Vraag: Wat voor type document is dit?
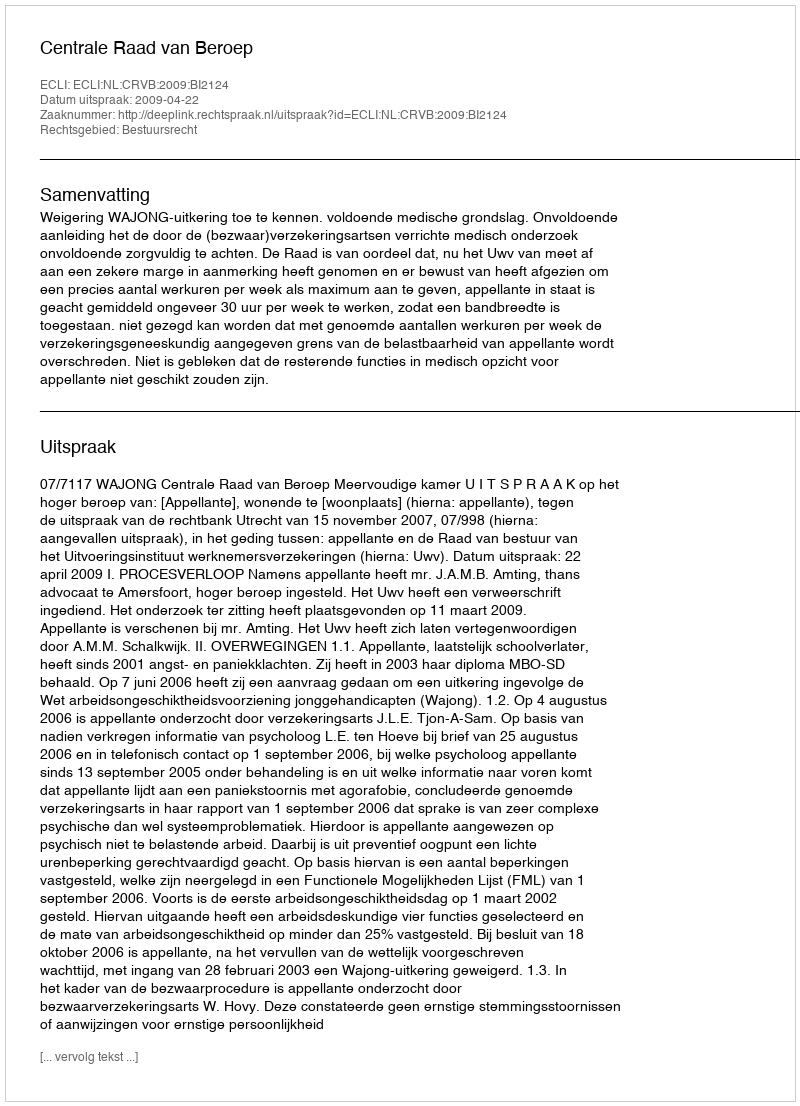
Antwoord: Uitspraak